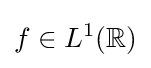
f\in L^{1}(\mathbb {R} )